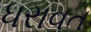
ધરાવત